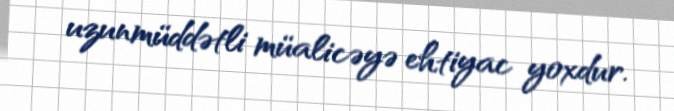
uzunmüddətli müalicəyə ehtiyac yoxdur.